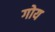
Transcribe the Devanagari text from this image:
गोय